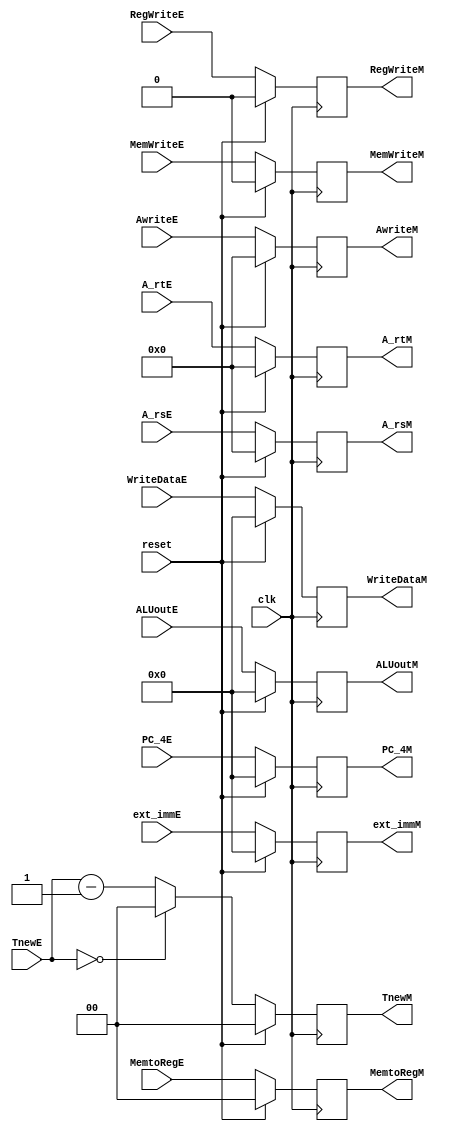
`timescale 1ns / 1ps
//////////////////////////////////////////////////////////////////////////////////
// Company: 
// Engineer: 
// 
// Design Name: 
// Module Name:    E_M_register 
// Project Name: 
// Target Devices: 
// Tool versions: 
// Description: 
//
// Dependencies: 
//
// Revision: 
// Revision 0.01 - File Created
// Additional Comments: 
//
//////////////////////////////////////////////////////////////////////////////////
module E_M_register(
	 input clk,
	 input reset,
    input RegWriteE,
    input [1:0] MemtoRegE,
    input MemWriteE,
    input [31:0] ALUoutE,
    input [31:0] WriteDataE,
    input [31:0] PC_4E,
    input [31:0] ext_immE,
	 input [1:0] TnewE,
	 input [4:0] A_rsE,
	 input [4:0] A_rtE,
	 input [4:0] AwriteE,
    output reg RegWriteM,
    output reg [1:0] MemtoRegM,
    output reg MemWriteM,
    output reg [31:0] ALUoutM,
	 output reg [31:0] WriteDataM,
    output reg [31:0] PC_4M,
    output reg [31:0] ext_immM,
	 output reg [1:0] TnewM,
	 output reg [4:0] A_rsM,
	 output reg [4:0] A_rtM,
	 output reg [4:0] AwriteM
    );
	always@(posedge clk)
		begin
			if(reset)
				begin
					RegWriteM=1'b0;
					MemtoRegM=2'b00;
					MemWriteM=1'b0;
					ALUoutM=32'd0;
					WriteDataM=32'd0;
					PC_4M=32'd0;
					ext_immM=32'd0;
					TnewM=2'b00;
					A_rsM=5'd0;
					A_rtM=5'd0;
					AwriteM=5'd0;
				end 
			else 
				begin
					RegWriteM=RegWriteE;
					MemtoRegM=MemtoRegE;
					MemWriteM=MemWriteE;
					ALUoutM=ALUoutE;
					WriteDataM=WriteDataE;
					PC_4M=PC_4E;
					ext_immM=ext_immE;
					A_rsM=A_rsE;
					A_rtM=A_rtE;
					AwriteM=AwriteE;
					if(TnewE==2'b00)
							TnewM=2'b00;
					else
							TnewM=TnewE-2'b01;
				end
			
		end

endmodule